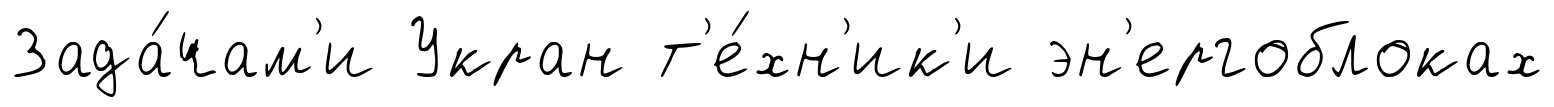
Зада́чам'и Укран т'е́хн'ик'и эн'ергоблоках